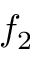
f _ { 2 }